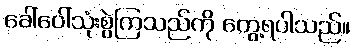
ခေါ်ဝေါ်သုံးစွဲကြသည်ကို တွေ့ရပါသည်။